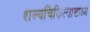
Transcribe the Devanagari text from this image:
शल्यचिकित्सासाध्य